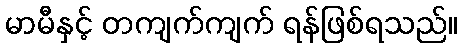
မာမီနှင့် တကျက်ကျက် ရန်ဖြစ်ရသည်။